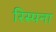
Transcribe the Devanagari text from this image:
रिस्पना